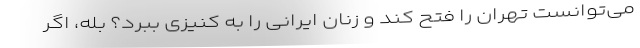
می‌توانست تهران را فتح کند و زنان ایرانی را به کنیزی ببرد؟ بله، اگر